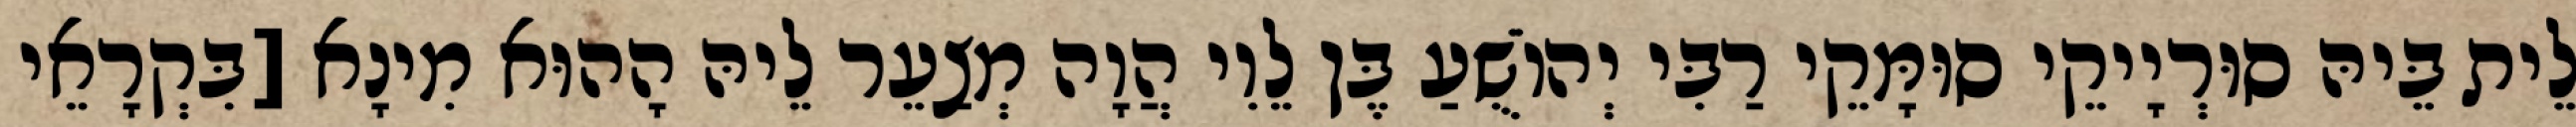
לֵית בֵּיהּ סוּרְיָיקֵי סוּמָּקֵי רַבִּי יְהוֹשֻׁעַ בֶּן לֵוִי הֲוָה מְצַעֵר לֵיהּ הָהוּא מִינָא [בִּקְרָאֵי